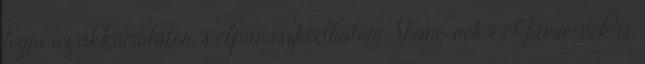
fogja az akkumulátor, s elpanaszkodhatom Shane-nek és Jamie-nek is,